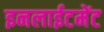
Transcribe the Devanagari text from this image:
इनलाईटमेंट